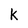
Character: k